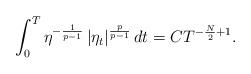
LaTeX: \begin{align*}\int_0^T\eta^{-\frac{1}{p-1}}\left|\eta_t\right|^{\frac{p}{p-1}}dt=CT^{-\frac{N}{2}+1}. \end{align*}